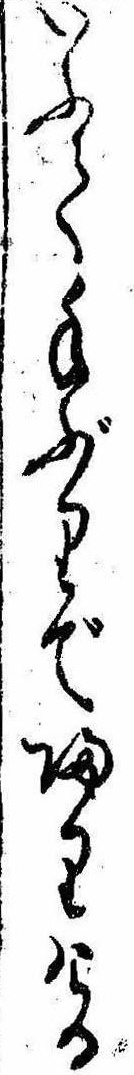
いふて手ぶりで帰りける